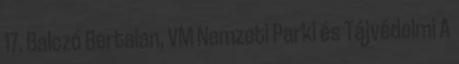
17. Balczó Bertalan, VM Nemzeti Parki és Tájvédelmi A